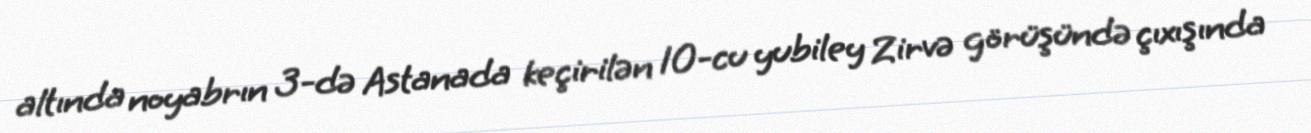
altında noyabrın 3-də Astanada keçirilən 10-cu yubiley Zirvə görüşündə çıxışında